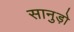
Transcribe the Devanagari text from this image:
सानुड़ो